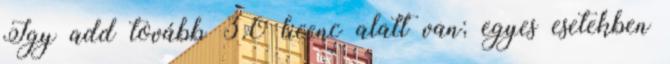
Így add tovább 3.0 licenc alatt van; egyes esetekben